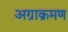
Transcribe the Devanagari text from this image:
अग्राक्रमण